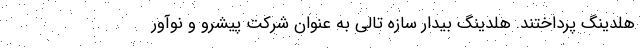
هلدینگ پرداختند. هلدینگ بیدار سازه تالی به عنوان شرکت پیشرو و نوآور